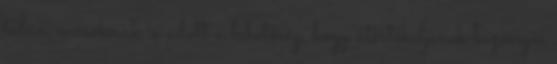
talán másoknak is adott a lehetőség, hogy átértékeljenek bizonyos